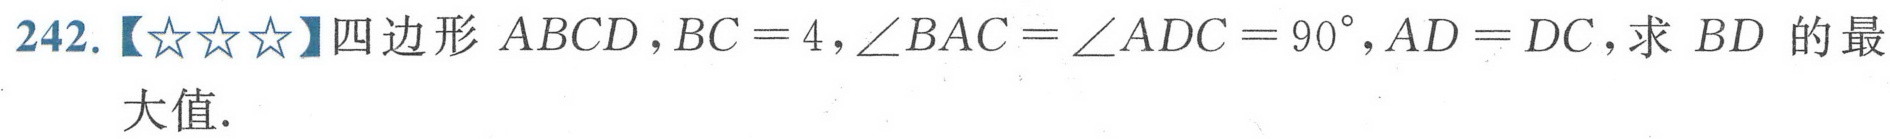
242.【★★★】四边形$ABCD，BC = 4，\angle BAC=\angle ADC = 90^{\circ}，AD = DC$，求$BD$的最大值．